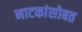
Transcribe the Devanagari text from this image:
नाटकांसोबत